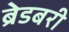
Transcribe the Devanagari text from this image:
ब्रेडबरी